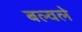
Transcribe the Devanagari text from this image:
बल्वले